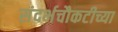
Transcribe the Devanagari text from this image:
संदर्भचौकटीच्या